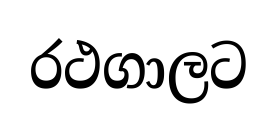
රථගාලට